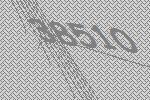
38510